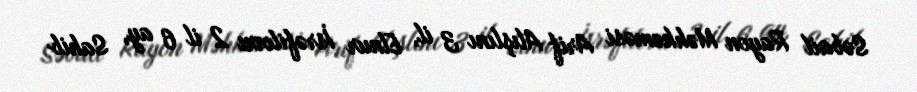
Səbail Rayon Məhkəməsi Arif Alışlını 3 il, Elnur İsrəfilovu 2 il 6 ay, Sahib